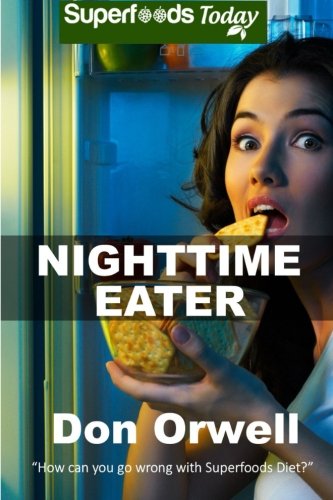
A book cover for Nighttime Eater: How to manage Nighttime Eating and Binge Eating Disorders with Quick & Easy Whole Foods Low Cholesterol Gluten Free Superfoods (Superfoods Today) (Volume 17); Don Orwell; Cookbooks, Food & Wine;